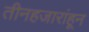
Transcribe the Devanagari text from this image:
तीनहजारांहून